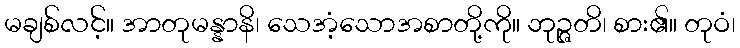
မချစ်လင့်။ အာတုမန္နာနိ၊ သေအံ့သောအစာတို့ကို။ ဘုဉ္ဇတိ၊ စား၏။ တုဝံ၊